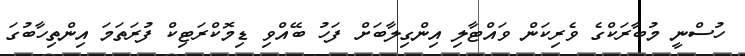
ހުސްނީ މުބާރަކްގެ ވެރިކަން ވައްޓާލި އިންގިލާބަށް ފަހު ބޭއްވި ޑިމޮކްރަޓިކް ފުރަތަމަ އިންތިހާބުގަ